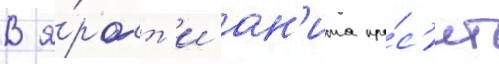
В я́рост'и ан'ита про́с'ит